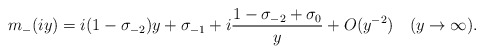
\begin{align*}m_-(iy) = i(1-\sigma_{-2})y +\sigma_{-1} + i\frac{1-\sigma_{-2}+\sigma_0}{y} + O(y^{-2}) \quad(y\to\infty) .\end{align*}